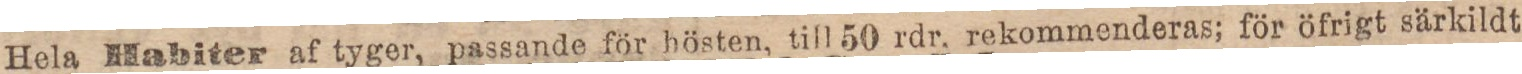
Hela Habiter af tyger, passande för hösten, till 50 rdr. rekommenderas; för öfrigt särkildt